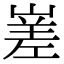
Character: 嵳